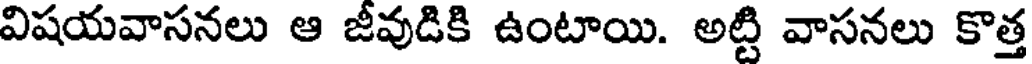
విషయవాసనలు ఆ జీవుడికి ఉంటాయి. అట్టి వాసనలు కొత్త